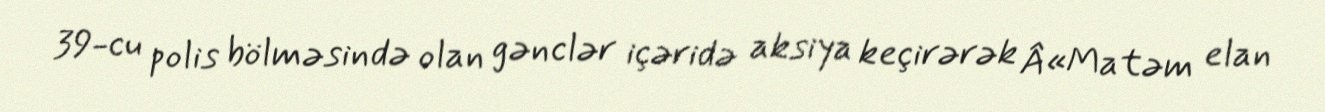
39-cu polis bölməsində olan gənclər içəridə aksiya keçirərək Â«Matəm elan